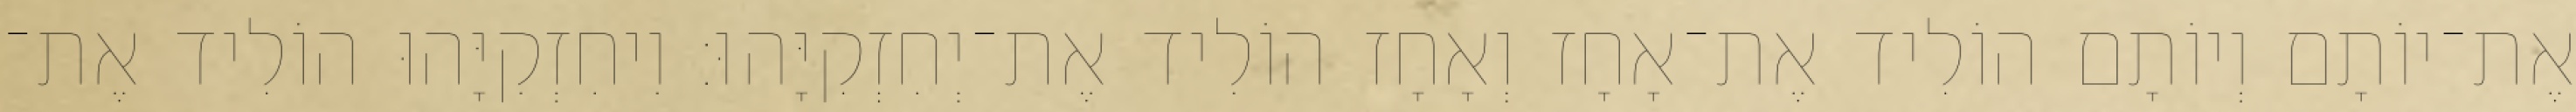
אֶת־יוֹתָם וְיוֹתָם הוֹלִיד אֶת־אָחָז וְאָחָז הוֹלִיד אֶת־יְחִזְקִיָּהוּ׃ וִיחִזְקִיָּהוּ הוֹלִיד אֶת־